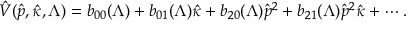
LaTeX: \hat { V } ( \hat { p } , \hat { \kappa } , \Lambda ) = b _ { 0 0 } ( \Lambda ) + b _ { 0 1 } ( \Lambda ) \hat { \kappa } + b _ { 2 0 } ( \Lambda ) \hat { p } ^ { 2 } + b _ { 2 1 } ( \Lambda ) \hat { p } ^ { 2 } \hat { \kappa } + \cdots .